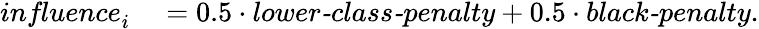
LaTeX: \begin{array}{rl}{\textit{influence}_{i}}&{{}=0.5\cdot\textit{lower-class-penalty}+0.5\cdot\textit{black-penalty}.}\end{array}